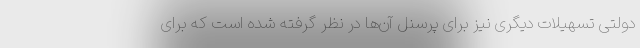
دولتی تسهیلات دیگری نیز برای پرسنل آن‌ها در نظر گرفته شده است که برای